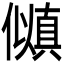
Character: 𫣵